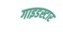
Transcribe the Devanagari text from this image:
गाइडस्टार